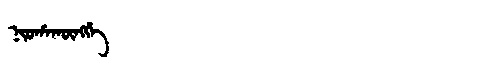
Manchu: ᠨᡳᠣᡥᠠᡴᡡᠩᡤᡝ
Romanization: NIOHAKŪNGGE